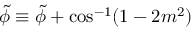
\tilde { \phi } \equiv \tilde { \phi } + \cos ^ { - 1 } ( 1 - 2 m ^ { 2 } )